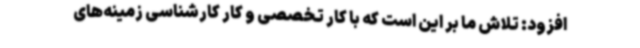
افزود: تلاش ما بر این است که با کار تخصصی و کار کارشناسی زمینه‌های